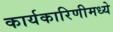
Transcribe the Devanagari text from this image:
कार्यकारिणीमध्ये